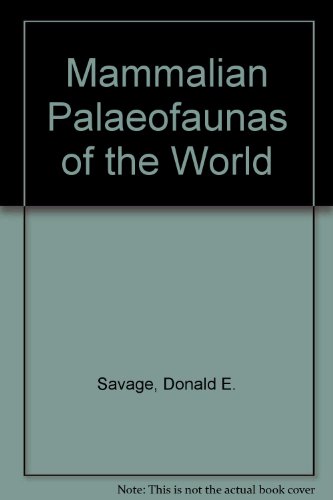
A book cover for Mammalian Paleofaunas of the World; Donald E. Savage; Sports & Outdoors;